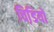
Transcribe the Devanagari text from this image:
चिडि़यों